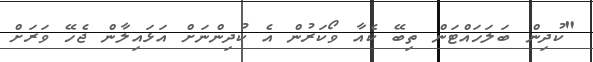
"ކުދިން ބަލަހައްޓަން ތިބޭ ކެއާ ވޯކަރުން އެ ކުދިންނަށް އަޅައިލާން ޖެހޭ ވަރަށް